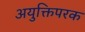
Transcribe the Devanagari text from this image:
अयुक्तिपरक